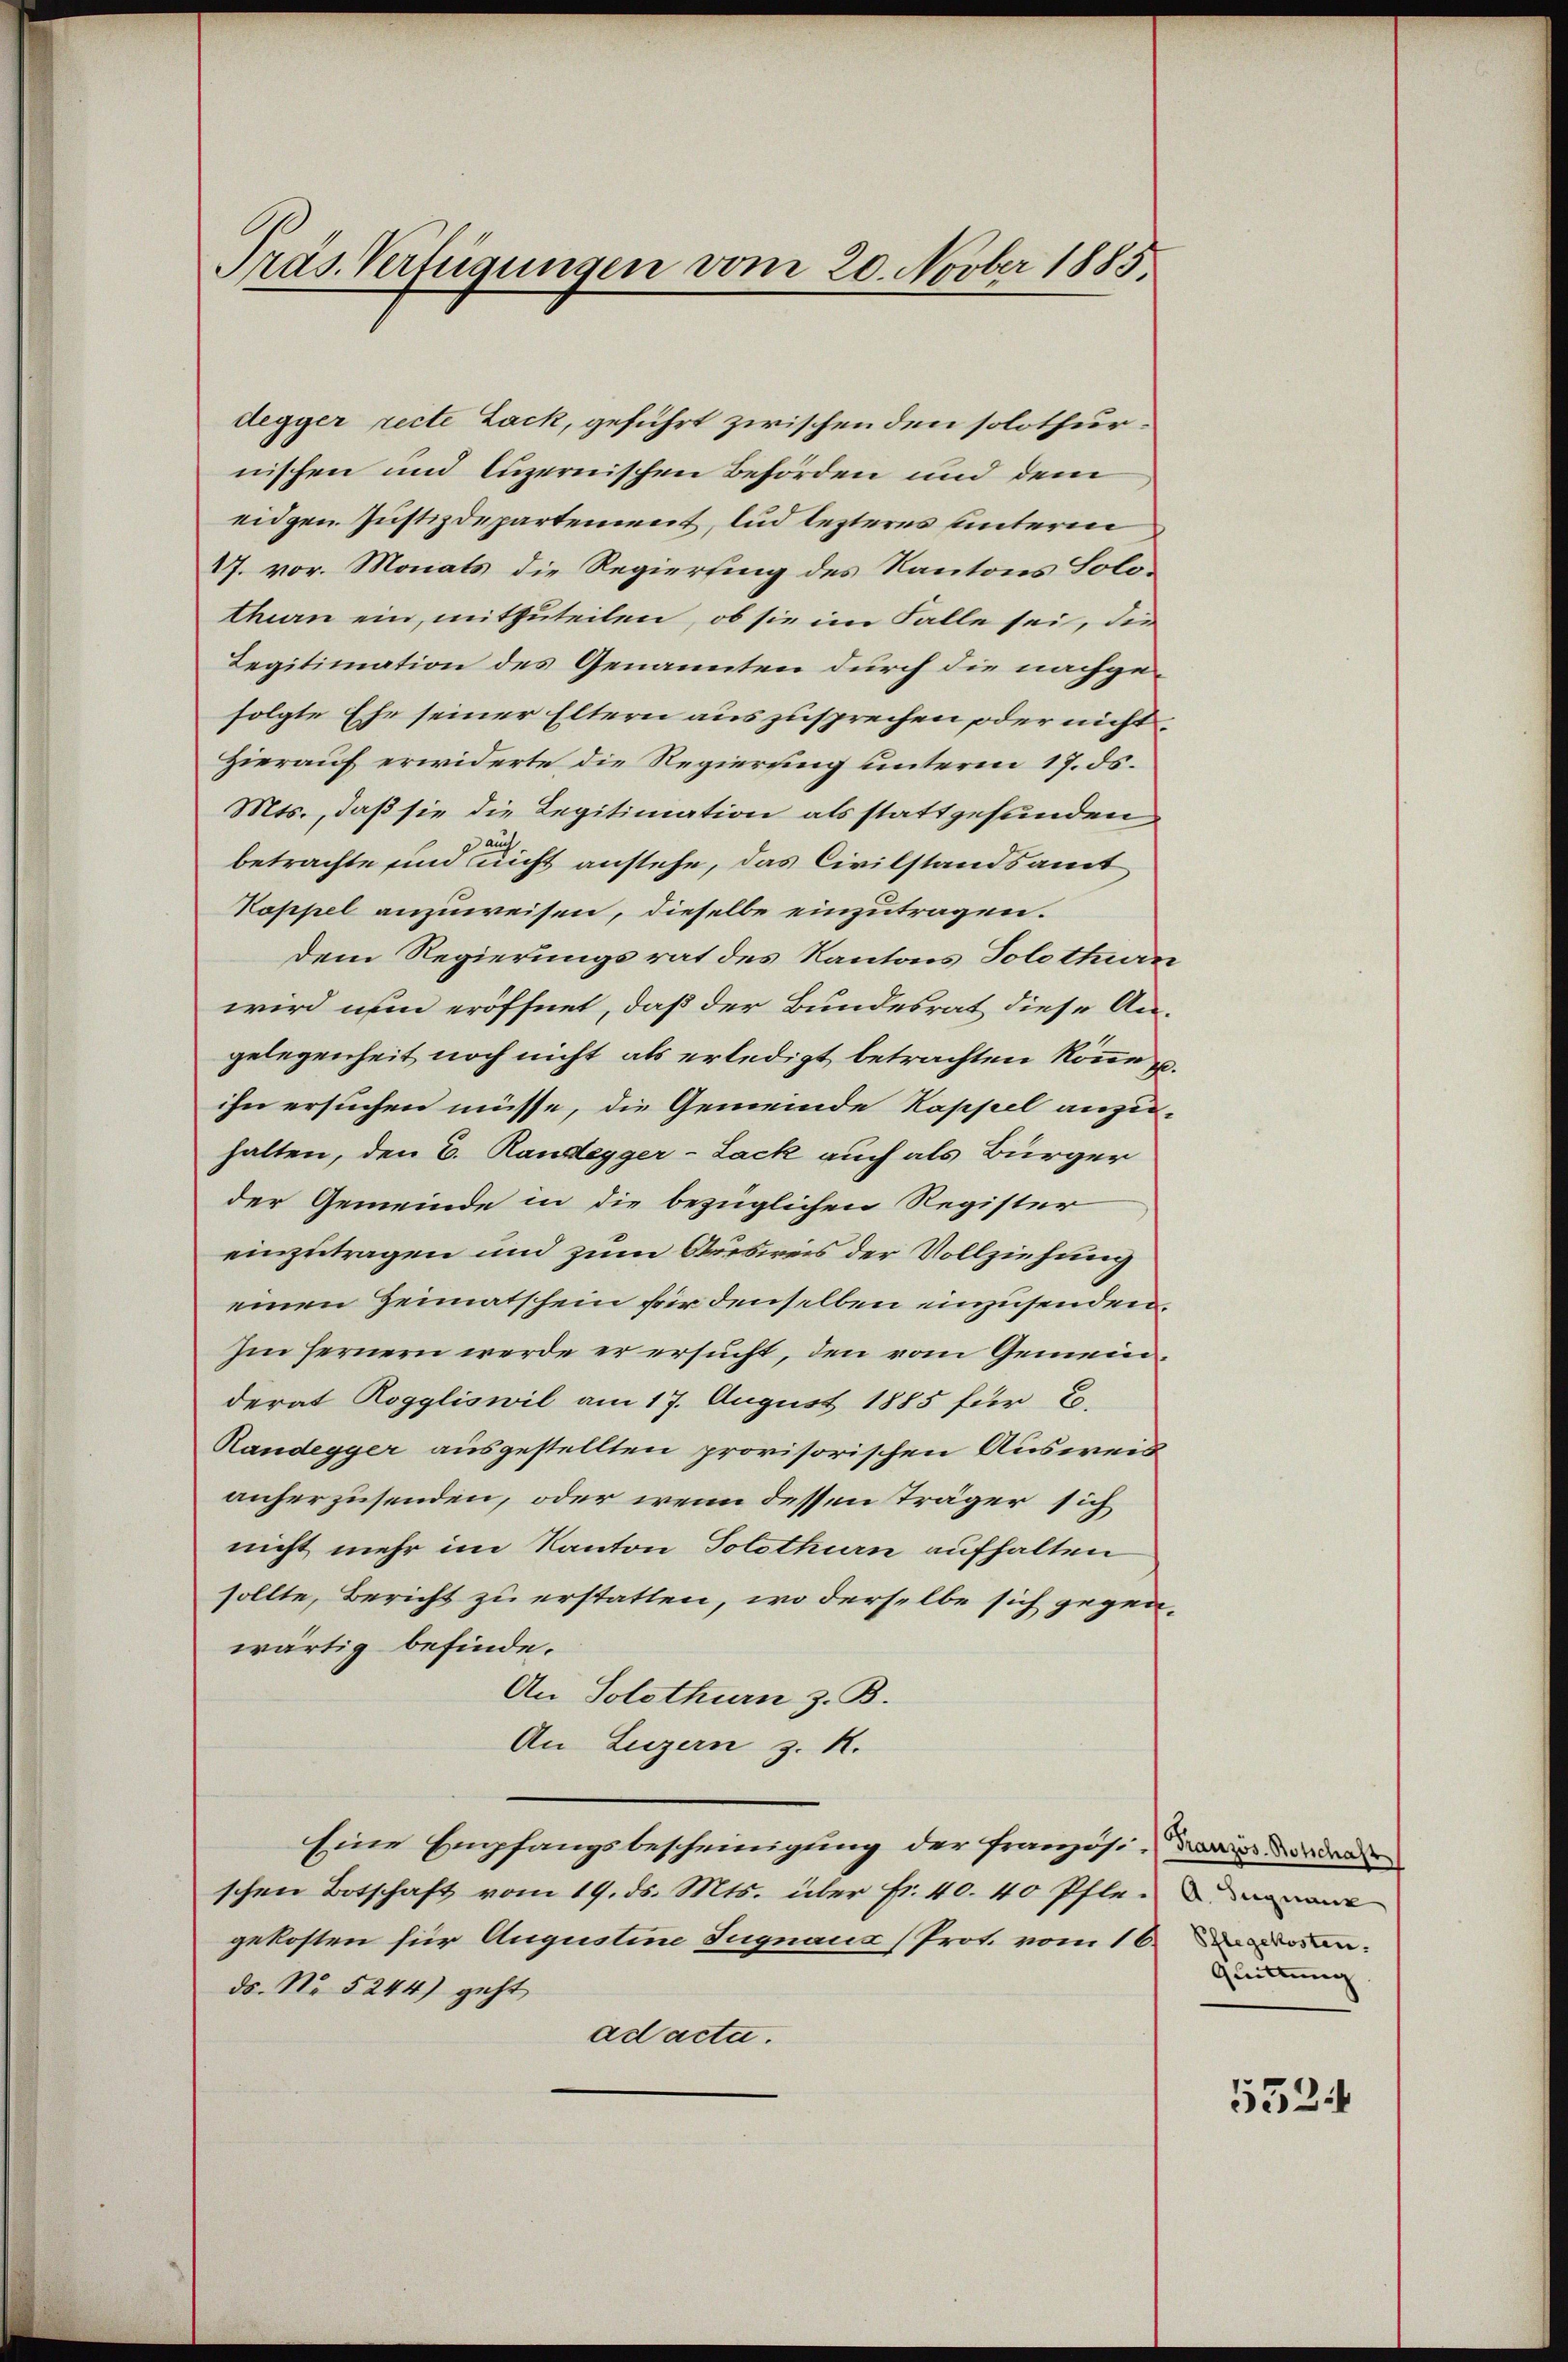
Präs. Verfügungen vom 20. Novber 1885.

degger recte Lack, geführt zwischen den solothur
nischen und luzernischen Behörden und dem
eidgen. Justizdepartement, lud lezteres unterm
17. vor. Monats die Regierung des Kantons Solo-
than ein, mitzuteilen, ob sie im Falle sei, die
Legitimation des Genannten durch die nachgefolgte Ehe seiner Eltern auszusprechen, oder nicht
Hierauf erwiderte die Regierung unteren 17. ds.
Mts., daß sie die Legitimation als stattgefunden
auch
betrachte sind nicht anstehe, das Civilstandsamt
Koppel anzuweisen, dieselbe einzutragen.
dem Regierungsrat des Kantons Solothurn
wird nun eröffnet, daß der Bundesrat diese Angelegenheit noch nicht als erledigt betrachten könne u.
ihn ersuchen müsse, die Gemeinde Kappel anzu-
halten, den C. Randegger-Lack auch als Bürger
der Gemeinde in die bezüglichen Register
einzutragen und zum Ausweis der Vollziehung
einen Heimatschein für denselben einzusenden.
Im fernern werde er ersucht, den vom Gemeinderat Roggliswil am 17. August 1885 für E.
Randegger ausgestellten provisorischen Ausweis
anherzusenden, oder wenn dessen Träger sich
nicht mehr im Kanton Solothurn aufhalten
sollte, Bericht zu erstatten, wo derselbe sich gegenwärtig befinde.
An Solothurn z. B.
An Luzern z. R.
Eine Empfangsbescheinigung der Franzosi, dann wieder
schen Botschaft vom 19. ds. Mts. über fr. 40. 40 Pflegekosten für Augustine Sugnaue (Prot. vom 16. Den
ds. No 5244) geht
ad acta.

Quittung

5524